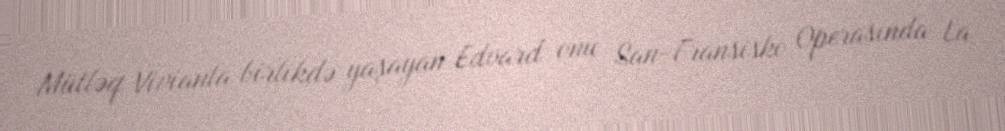
Mütləq Vivianla birlikdə yaşayan Edvard onu San-Fransisko Operasında La